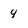
Character: 4